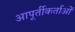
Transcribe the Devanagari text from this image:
आपूर्तीकर्ताओं